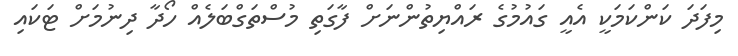
މިފަދަ ކަންކަމަކީ އެއީ ގައުމުގެ ރައްޔިތުންނަށް ފާގަތި މުސްތަގްބަލެއް ހޯދާ ދިނުމަށް ޓަކައި